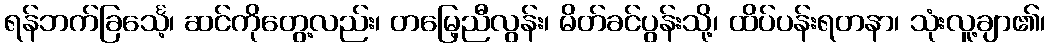
ရန်ဘက်ခြင်္သေ့၊ ဆင်ကိုတွေ့လည်း၊ တမြေ့ညီလွန်း၊ မိတ်ခင်ပွန်းသို့၊ ထိပ်ပန်းရတနာ၊ သုံးလူ့ချာ၏၊